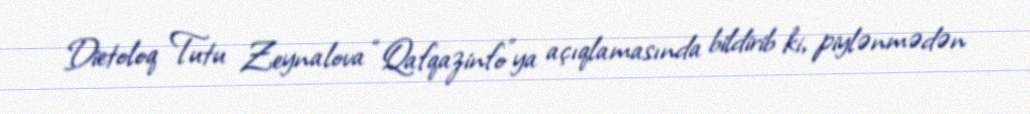
Dietoloq Tutu Zeynalova “Qafqazinfo”ya açıqlamasında bildirib ki, piylənmədən